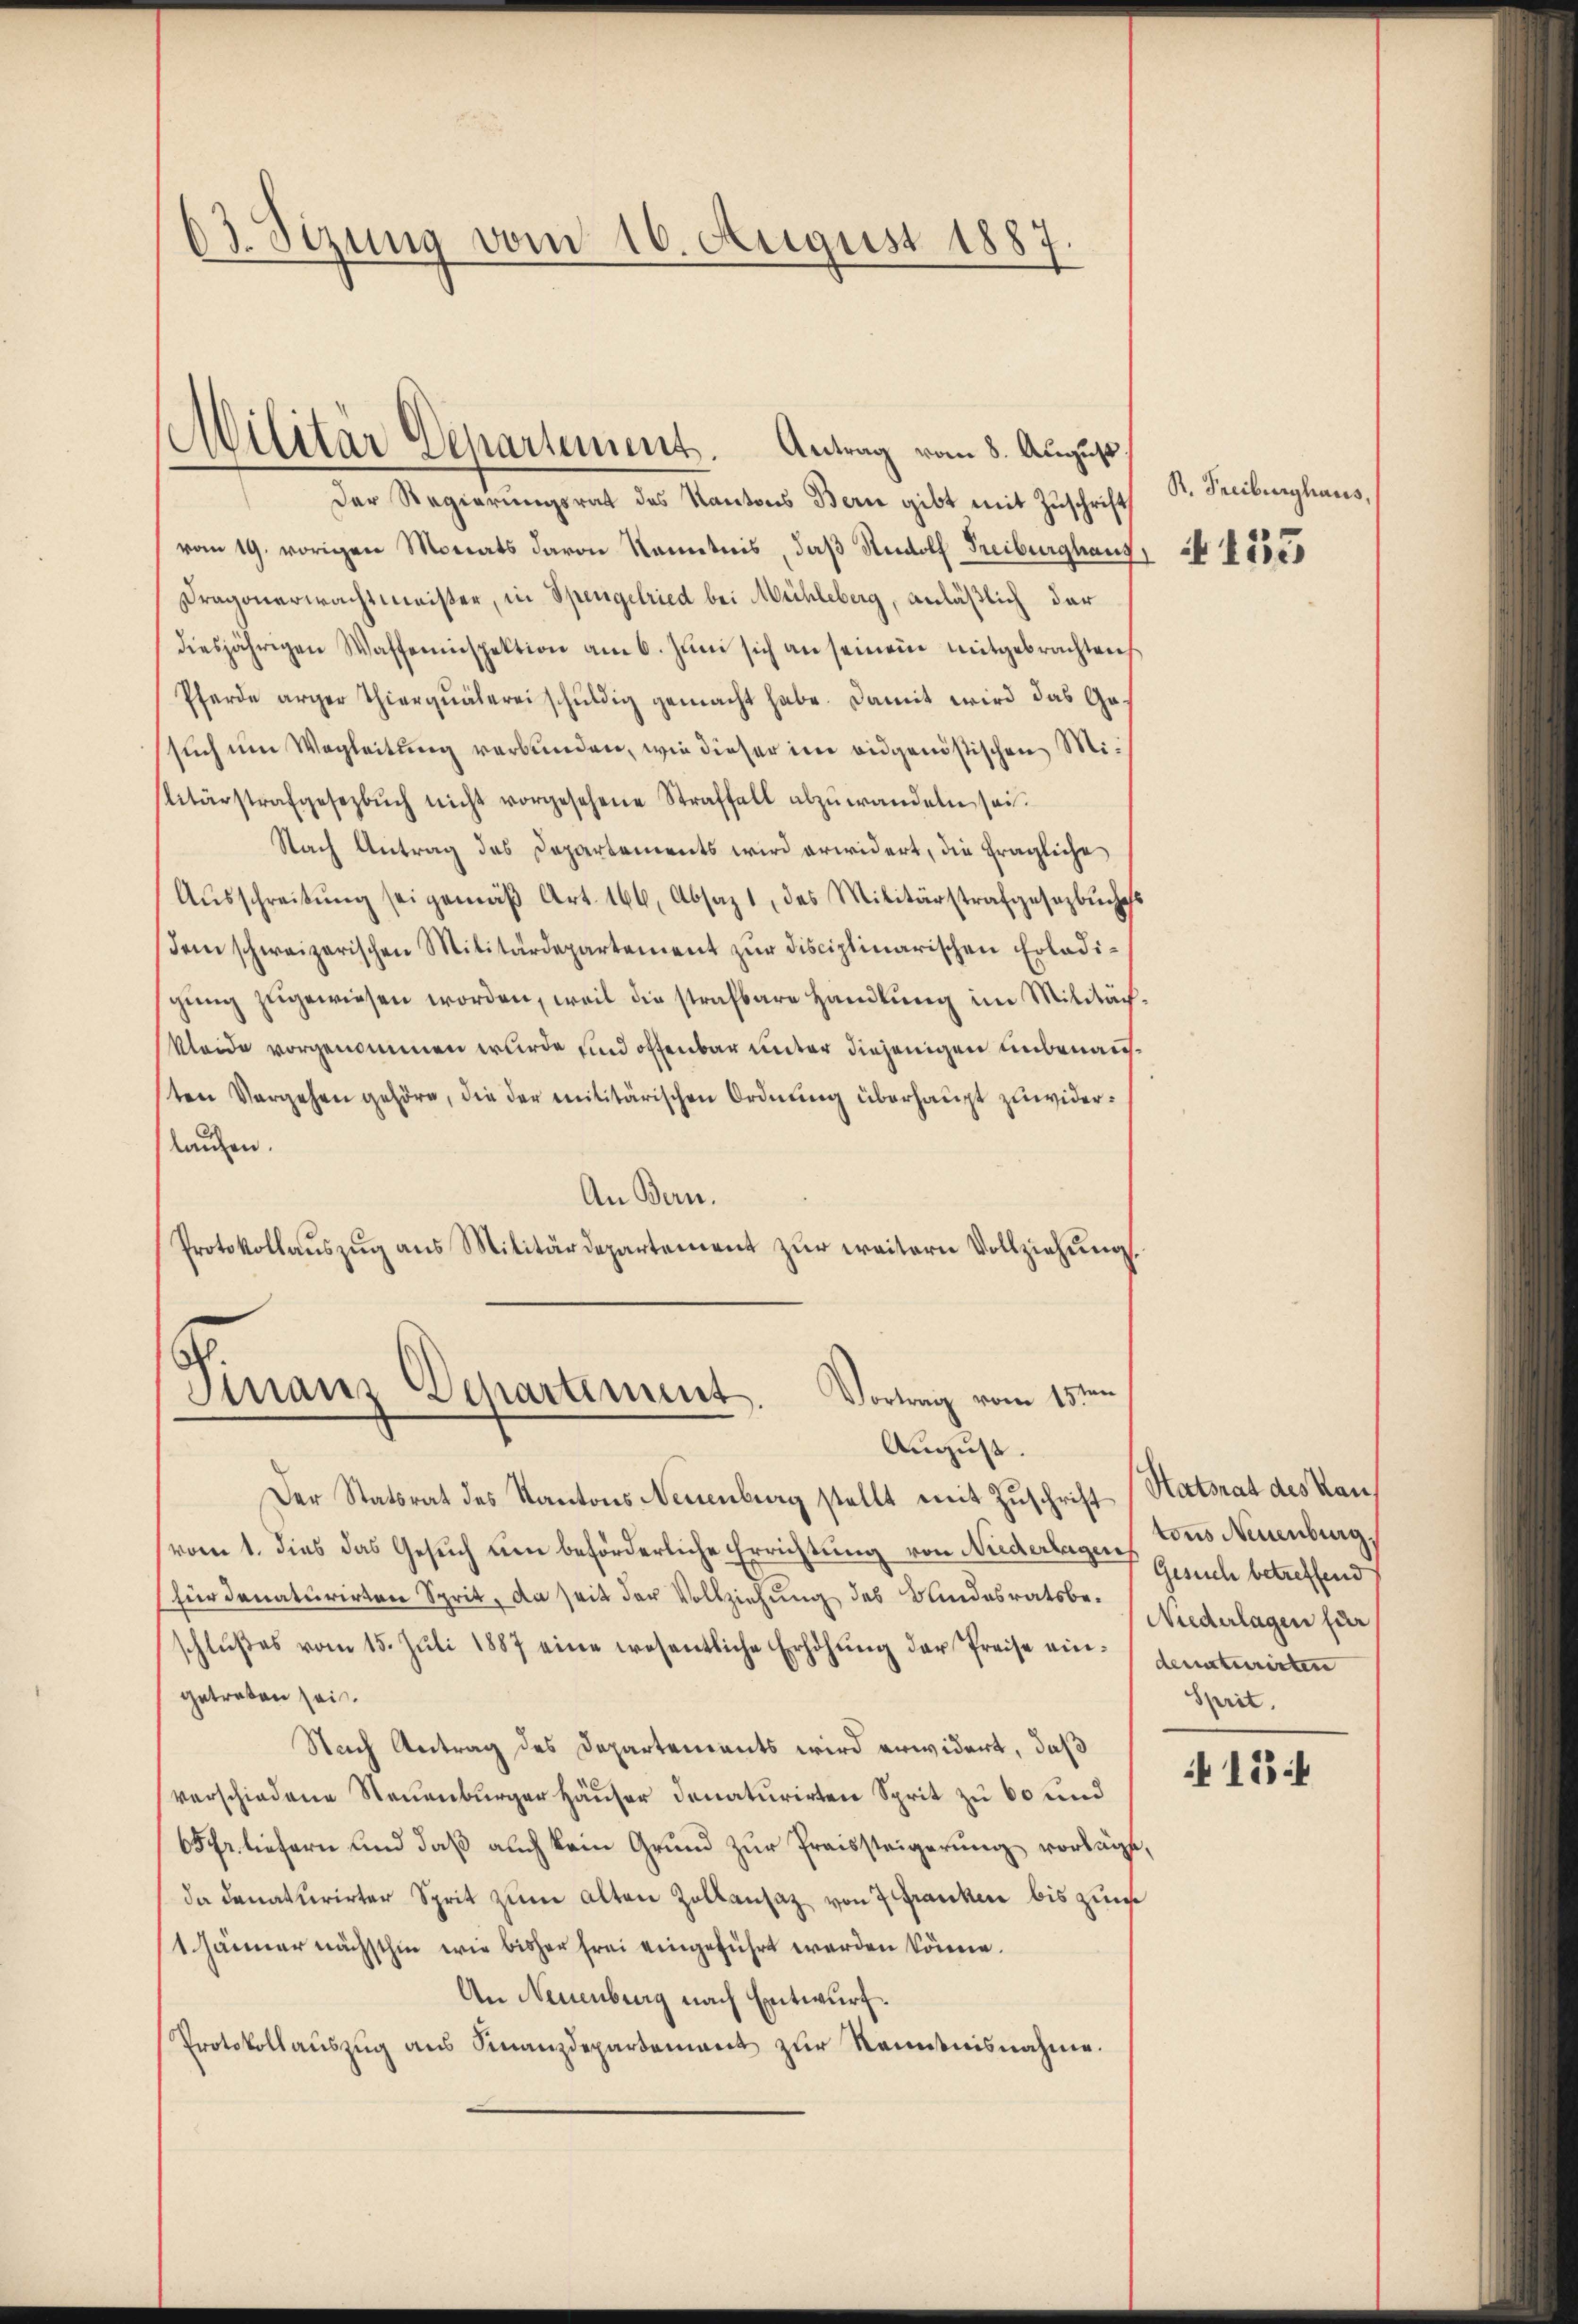
03. Sizung vom 16. August 1887.

Militär Departement. Antrag vom 8. August

Der Regierungsrat des Kantons Bern gibt mit Zuschrift
vom 19. vorigen Monats davon Kenntnis, daβ Rudolf Freiburghaus, § 11505
Dragonerwachtmeister, in Spengelried bei Mühleberg, anläßlich der
diesjährigen Waffeninspektion am 6. Jŭni sich an seinem mitgebrachten
Pferde arger Thierquälerei schuldig gemacht habe. Damit wird das Gesuch um Wegleitung verbunden, wie dieser im eidgenößischen Militärstrafgesezbŭch nicht vorgesehene Straffall abzŭwandeln sei.
Nach Antrag des Departements wird erwidert, die fragliche
Aŭsschreitŭng sei gemäβ Art. 166, Absagt, das Militärstrafgesetzbuches
Dem schweizerischen Militärdepartement zur Disciplinarischen Erledisgŭng zugewiesen worden, weil die strafbare Handlung im Militär¬
Kleide vorgenommen wurde und offenbar unter diejenigen unbenannten Vorgehen gehöre, die der militärischen Ordnung überhaupt zuwiderlaufen.
An Bern.
Protokollaŭszŭg ans Militärdepartement zŭr weitern Vollziehŭng.

Finanz-Departement. Vortrag vom 15ten
August.

R. Freiburghaus,

Der Statsrat des Kantons Neuenburg stellt mit Zuschrift (Satsrat des Kanvom 1. dies das Gesuch um beförderliche Errichtung von Niederlagen Gesich betreffend
(für denaturirten Sprit, da seit der Vollziehung des Bundesratsbeschlŭβes vom 15. Jŭli 1887 eine wesentliche Erhöhŭng der Preise ein-Senaturirten
getreten sei.
Nach Antrag des Departements wird erwidert, daß
verschiedene Neuenburger Häuser denaturirten Sprit zu 60 und
65fr. liefern und daß auch kein Grund zur Preissteigerung vorlägt,
da donaturirter Sprit zum alten Zollansatz von 7 Franken bis zum
1 Jänner nächsthin wie bisher frei eingeführt werden könne.
An Neuenburg nach Entwurf.
Protokollaŭszŭg aŭs Finanzdepartement zur Kenntnisnahme.

tons Neuenburg,
Niederlagen für
Sprit.

A 15